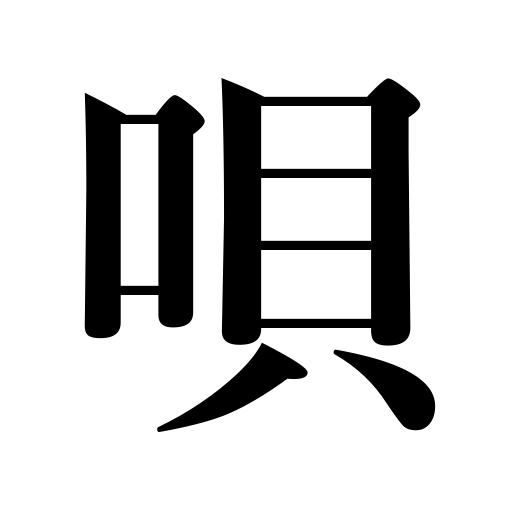
Meanings: songs accompanied by the samisen